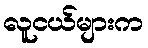
လူငယ်များက